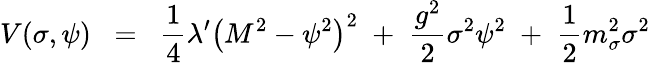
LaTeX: V(\sigma,\psi)\; \; =\; \; \frac{1}{4}\lambda^{\prime}\bigl(M^{2}-\psi^{2}\bigr)^{2}\; +\; \frac{g^{2}}{2}\sigma^{2}\psi^{2}\; +\; \frac{1}{2}m_{\sigma}^{2}\sigma^{2}